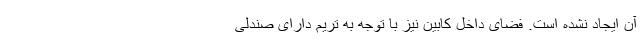
آن ایجاد نشده است. فضای داخل کابین نیز با توجه به تریم دارای صندلی